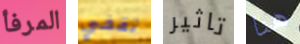
المرفأ تقفي تاثير هنا